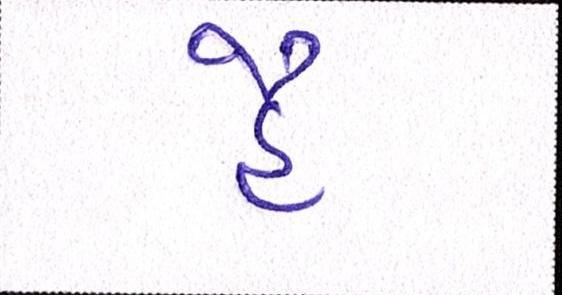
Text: હૈ